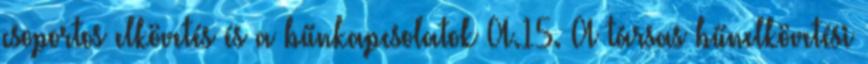
csoportos elkövetés és a bűnkapcsolatok A.15. A társas bűnelkövetési